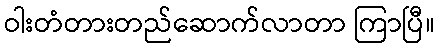
ဝါးတံတားတည်ဆောက်လာတာ ကြာပြီ။